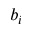
b _ { i }